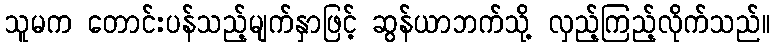
သူမက တောင်းပန်သည့်မျက်နှာဖြင့် ဆွန်ယာဘက်သို့ လှည့်ကြည့်လိုက်သည်။